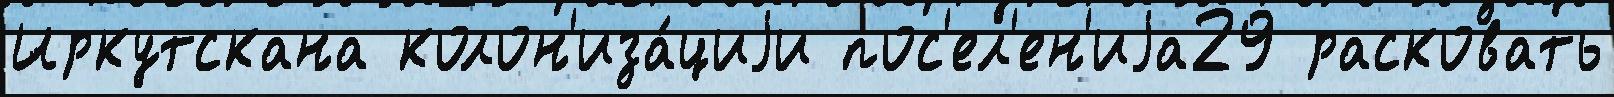
Иркутскана колон'иза́циjи пос'ел'ен'иjа29 расковать